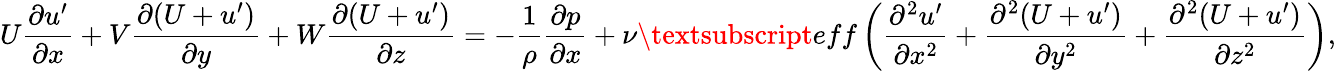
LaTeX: U\frac{\partial u^{\prime}}{\partial x}+V\frac{\partial(U+u^{\prime})}{\partial y}+W\frac{\partial(U+u^{\prime})}{\partial z}=-\frac{1}{\rho}\frac{\partial p}{\partial x}+\nu\textsubscript{eff}\left(\frac{\partial^{2}u^{\prime}}{\partial x^{2}}+\frac{\partial^{2}(U+u^{\prime})}{\partial y^{2}}+\frac{\partial^{2}(U+u^{\prime})}{\partial z^{2}}\right),